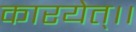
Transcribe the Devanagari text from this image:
कारयेत्।।